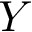
Y